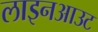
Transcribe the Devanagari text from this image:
लाइनआउट